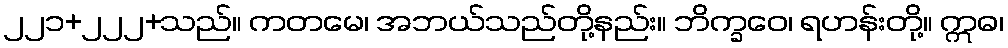
၂၂၁+၂၂၂+သည်။ ကတမေ၊ အဘယ်သည်တို့နည်း။ ဘိက္ခဝေ၊ ရဟန်းတို့။ ဣဓ၊